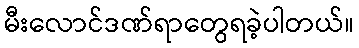
မီးလောင်ဒဏ်ရာတွေရခဲ့ပါတယ်။